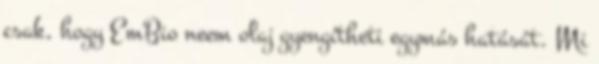
csak, hogy EmBio neem olaj gyengítheti egymás hatását. Mi